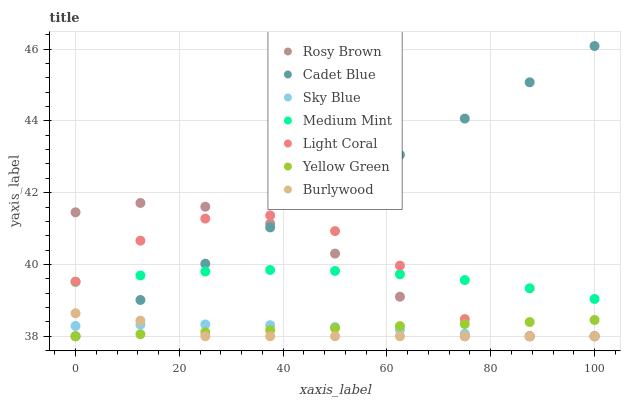
| xaxis_label | Rosy Brown | Cadet Blue | Sky Blue | Medium Mint | Light Coral | Yellow Green | Burlywood |
 | --- | --- | --- | --- | --- | --- | --- | --- |
 | 0 | 41.5 | 38 | 38.3 | 39.5 | 39.5 | 38 | 38.6 |
 | 12.5 | 41.7 | 39 | 38.3 | 39.7 | 40.7 | 38.1 | 38.4 |
 | 25 | 41.6 | 40 | 38.3 | 39.8 | 41.3 | 38.1 | 38 |
 | 37.5 | 41.1 | 41 | 38.3 | 39.8 | 41.4 | 38.2 | 38 |
 | 50 | 40.3 | 42 | 38.3 | 39.8 | 40.9 | 38.2 | 38 |
 | 62.5 | 39.1 | 43.1 | 38.2 | 39.7 | 40 | 38.3 | 38 |
 | 75 | 38 | 44.1 | 38.1 | 39.6 | 38.5 | 38.3 | 38 |
 | 87.5 | 38 | 45.1 | 38 | 39.3 | 38 | 38.4 | 38 |
 | 100 | 38 | 46.1 | 38 | 39 | 38 | 38.5 | 38 |